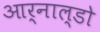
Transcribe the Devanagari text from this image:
आर्नाल्डो